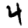
Digit: 4